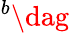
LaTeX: ^{b}\dag